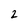
Character: 2